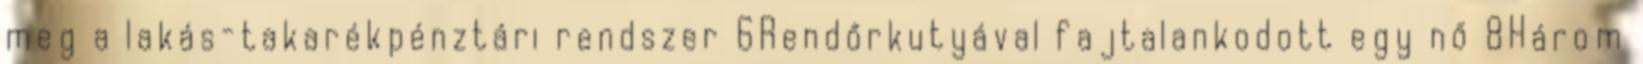
meg a lakás-takarékpénztári rendszer 6Rendőrkutyával fajtalankodott egy nő 8Három